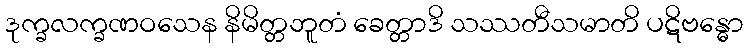
ဒုက္ခလက္ခဏဝသေန နိမိတ္တဘူတံ ခေတ္တာဒိ သဿတီသမာတိ ပဋိဗန္ဓော